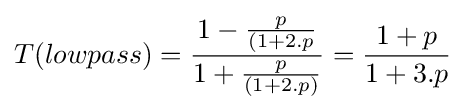
T(lowpass)={\frac {1-{\frac {p}{(1+2.p}}}{1+{\frac {p}{(1+2.p)}}}}={\frac {1+p}{1+3.p}}